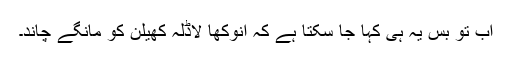
اب تو بس یہ ہی کہا جا سکتا ہے کہ انوکھا لاڈلہ کھیلن کو مانگے چاند۔